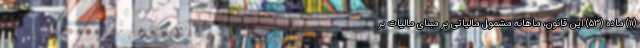
(۱۱) ماده (۵۳) این قانون، ماهانه مشمول مالیاتی بر مبنای مالیات بر